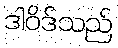
ဒါဝိဒ်သည်